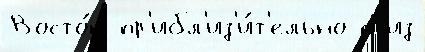
Восто́к пр'ибл'из'и́т'ельно с из